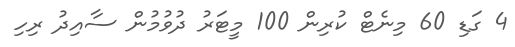
4 ގަޑި 60 މިނެޓް ކުރިން 100 މީޓަރު ދުވުމުން ސާއިދު ރިހި